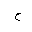
Letter: _ha